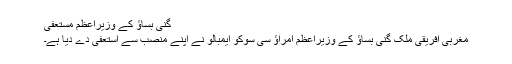
گنی بساؤ کے وزیراعظم مستعفی
مغربی افریقی ملک گنی بساؤ کے وزیراعظم امراؤ سی سوکو ایمبالو نے اپنے منصب سے استعفیٰ دے دیا ہے۔